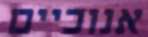
אנוכיים